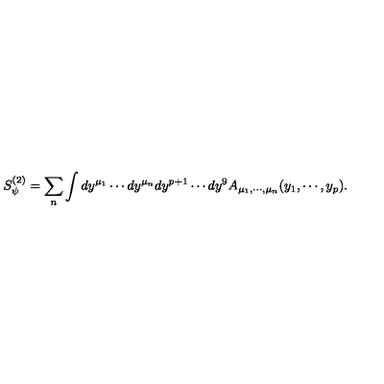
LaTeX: S _ { \psi } ^ { ( 2 ) } = \sum _ { n } \int d y ^ { \mu _ { 1 } } \cdots d y ^ { \mu _ { n } } d y ^ { p + 1 } \cdots d y ^ { 9 } A _ { \mu _ { 1 } , \cdots , \mu _ { n } } ( y _ { 1 } , \cdots , y _ { p } ) .